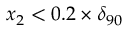
x _ { 2 } < 0 . 2 \times \delta _ { 9 0 }